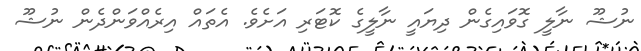
ނުޝޫ ނާލީ ގޮވައިގެން ދިޔައީ ނާލީގެ ކޮޓަރި އަށެވެ. އެތައް އިރެއްވަންދެން ނުޝޫ